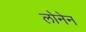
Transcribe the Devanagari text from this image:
लोनेन